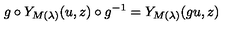
g \circ Y _ { M ( \lambda ) } ( u , z ) \circ g ^ { - 1 } = Y _ { M ( \lambda ) } ( g u , z )